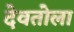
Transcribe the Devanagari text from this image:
देवतोला